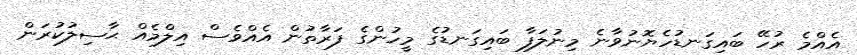
އެއްމެ ރުހޭ ބައިގަނޑުހެޔޮނުވާނެ މިނުލަފާ ބައިގަނޑުގެ މީހުންގެ ފަރާތުން އެއްވެސް އިލްމެއް ޙާސިލުކުރަން